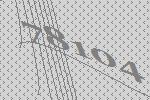
78104